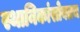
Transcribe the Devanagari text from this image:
स्थानिकांसोबतच